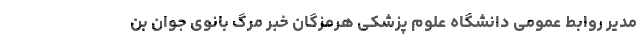
مدیر روابط عمومی دانشگاه علوم پزشکی هرمزگان خبر مرگ بانوی جوان بن